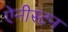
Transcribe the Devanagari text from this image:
ऐनीस्टन